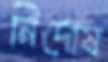
নির্দোষ